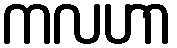
ကလဟာ